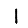
Digit: 1